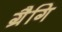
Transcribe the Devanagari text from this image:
ग्रैगि